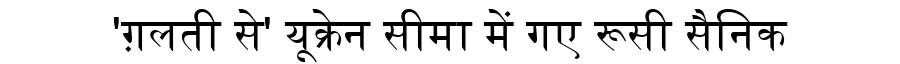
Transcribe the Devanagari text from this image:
'ग़लती से' यूक्रेन सीमा में गए रूसी सैनिक